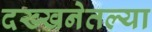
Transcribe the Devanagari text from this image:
दख्खनेतल्या